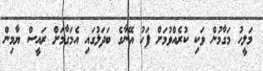
މަލީހު މަގާމުން ވަކި ކުރެއްވުމަށް ފަހު އޭނާގެ ބަދަލުގައި އެމަގާމަށް ރައީސް ޔާމިން